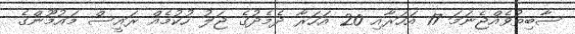
ސާބިތުވެއްޖެނަމަ 17 އަހަރާއި 20 އަހަރާ ދެމެދުގެ ޖަލު ހުކުމެއް ރައީސް މައުމޫންގެ